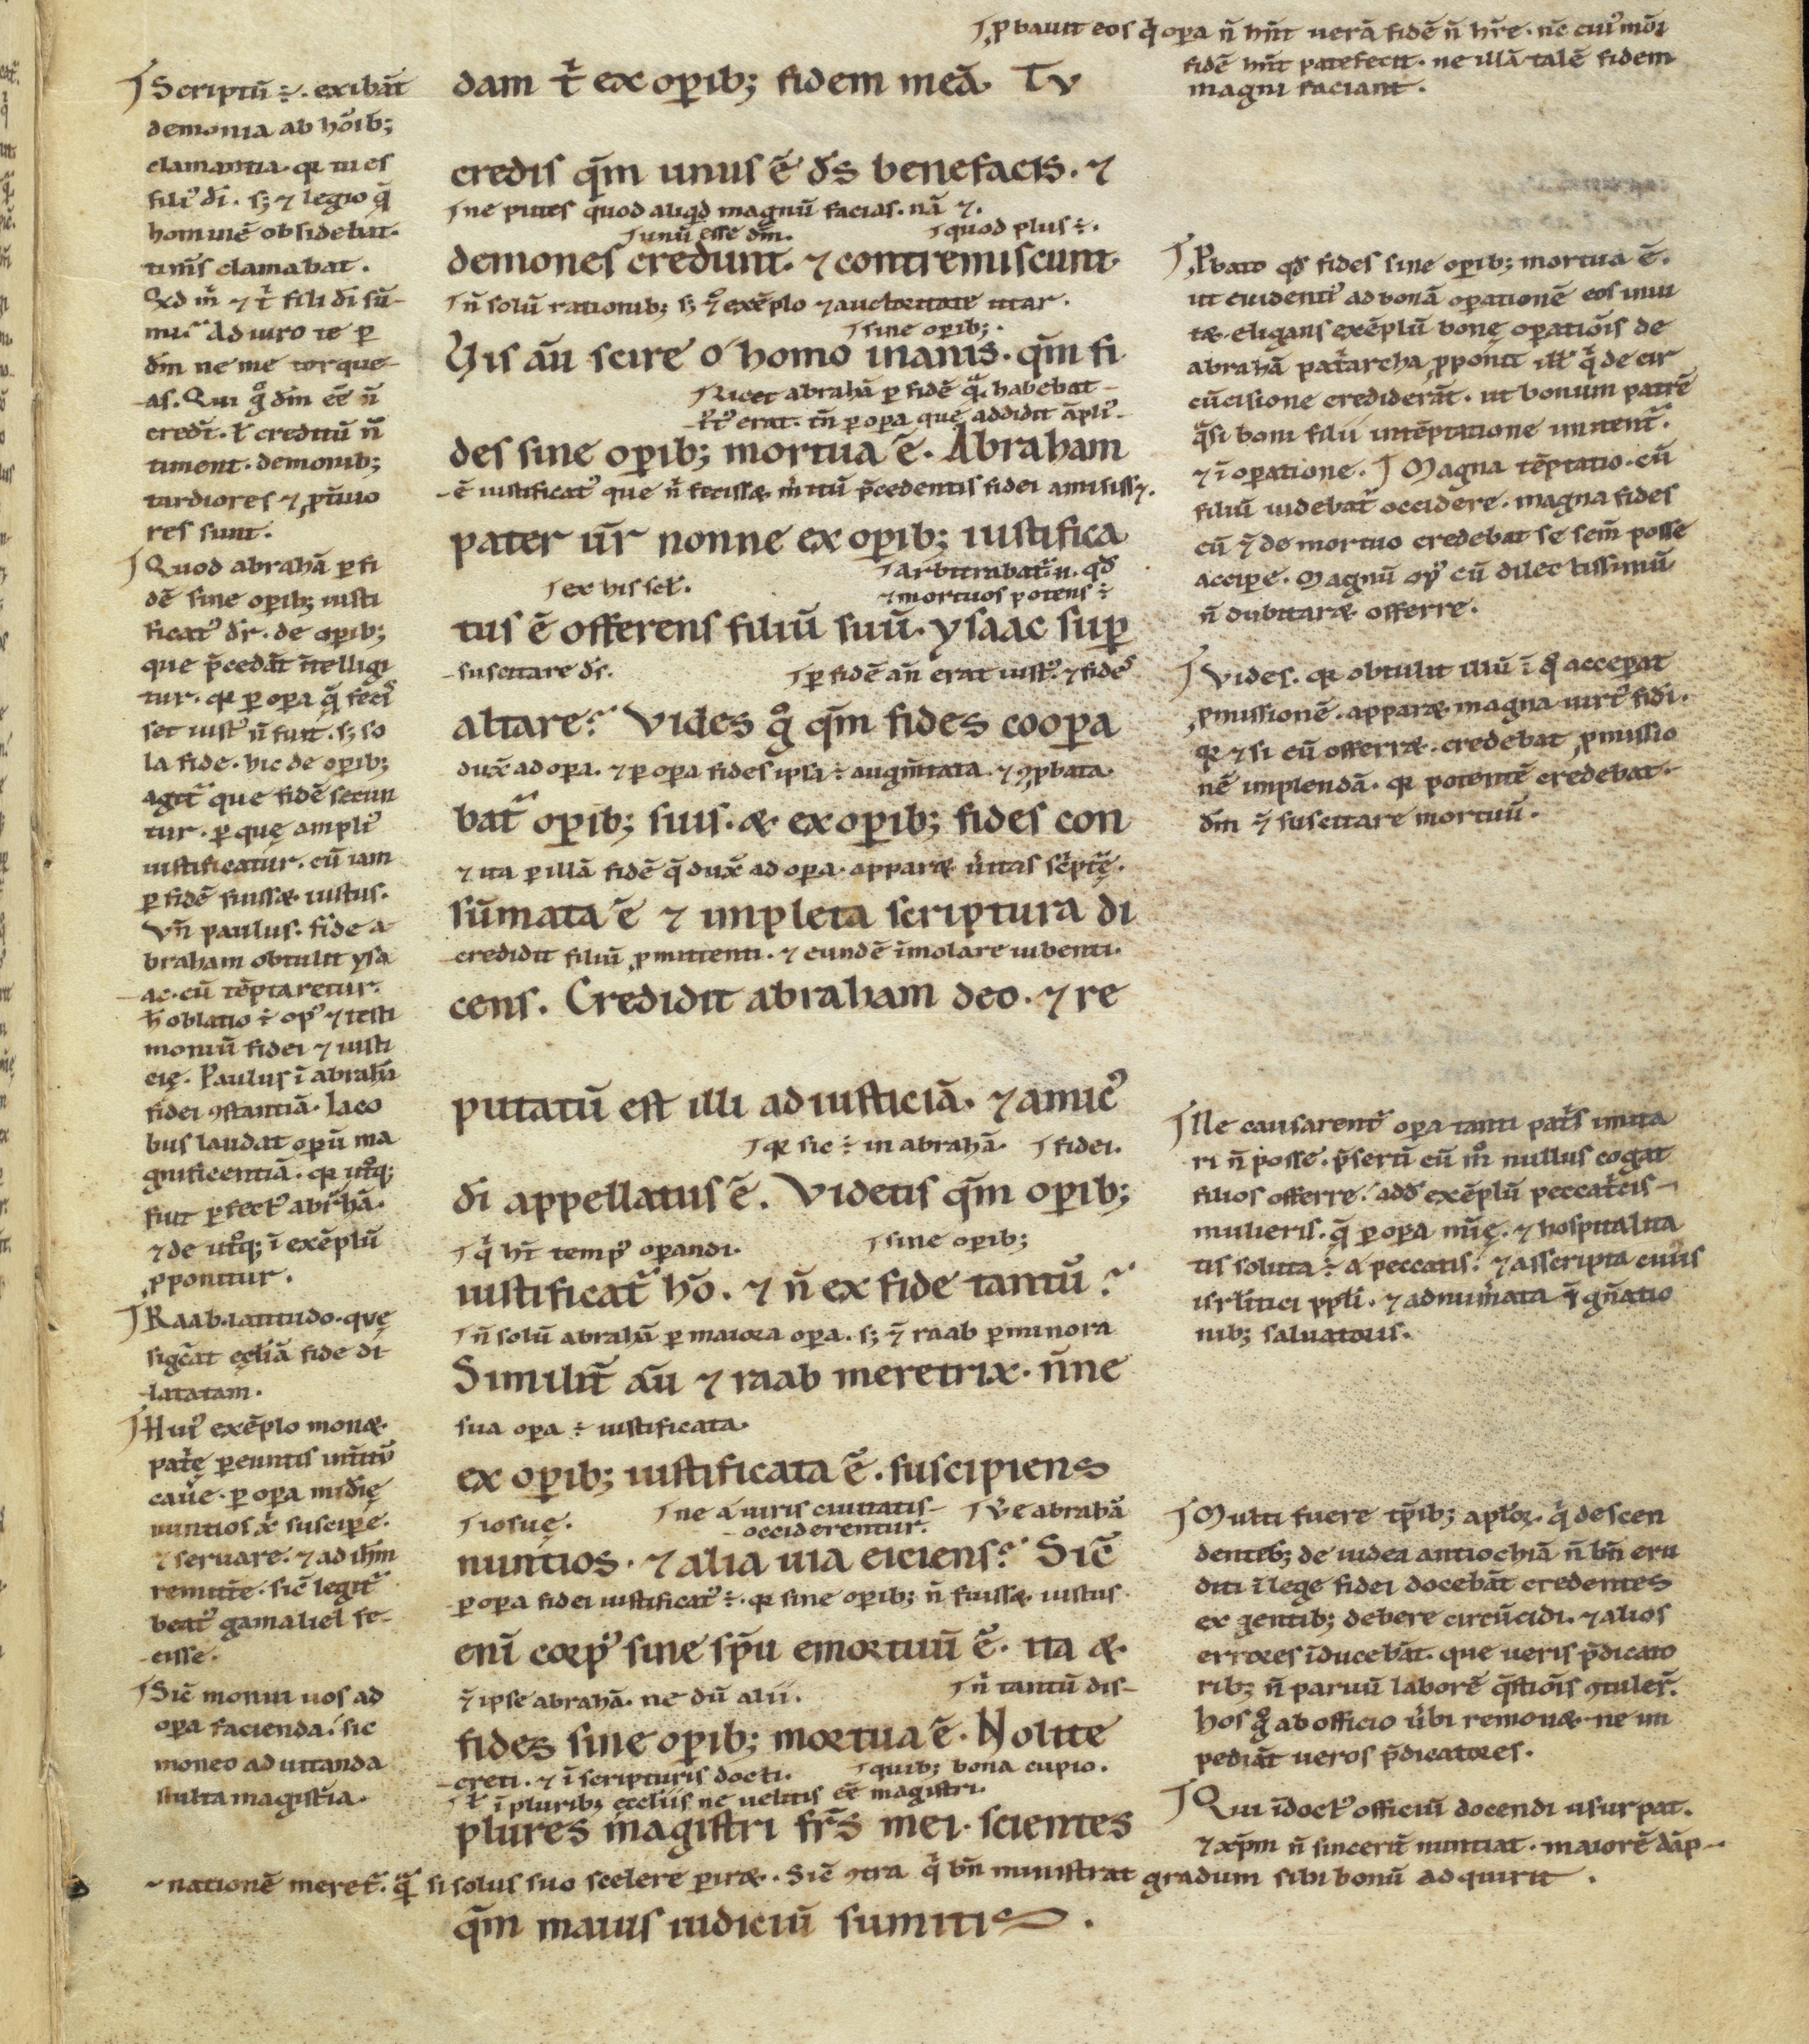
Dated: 1100–1199